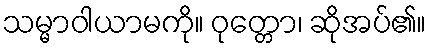
သမ္မာဝါယာမကို။ ဝုတ္တော၊ ဆိုအပ်၏။